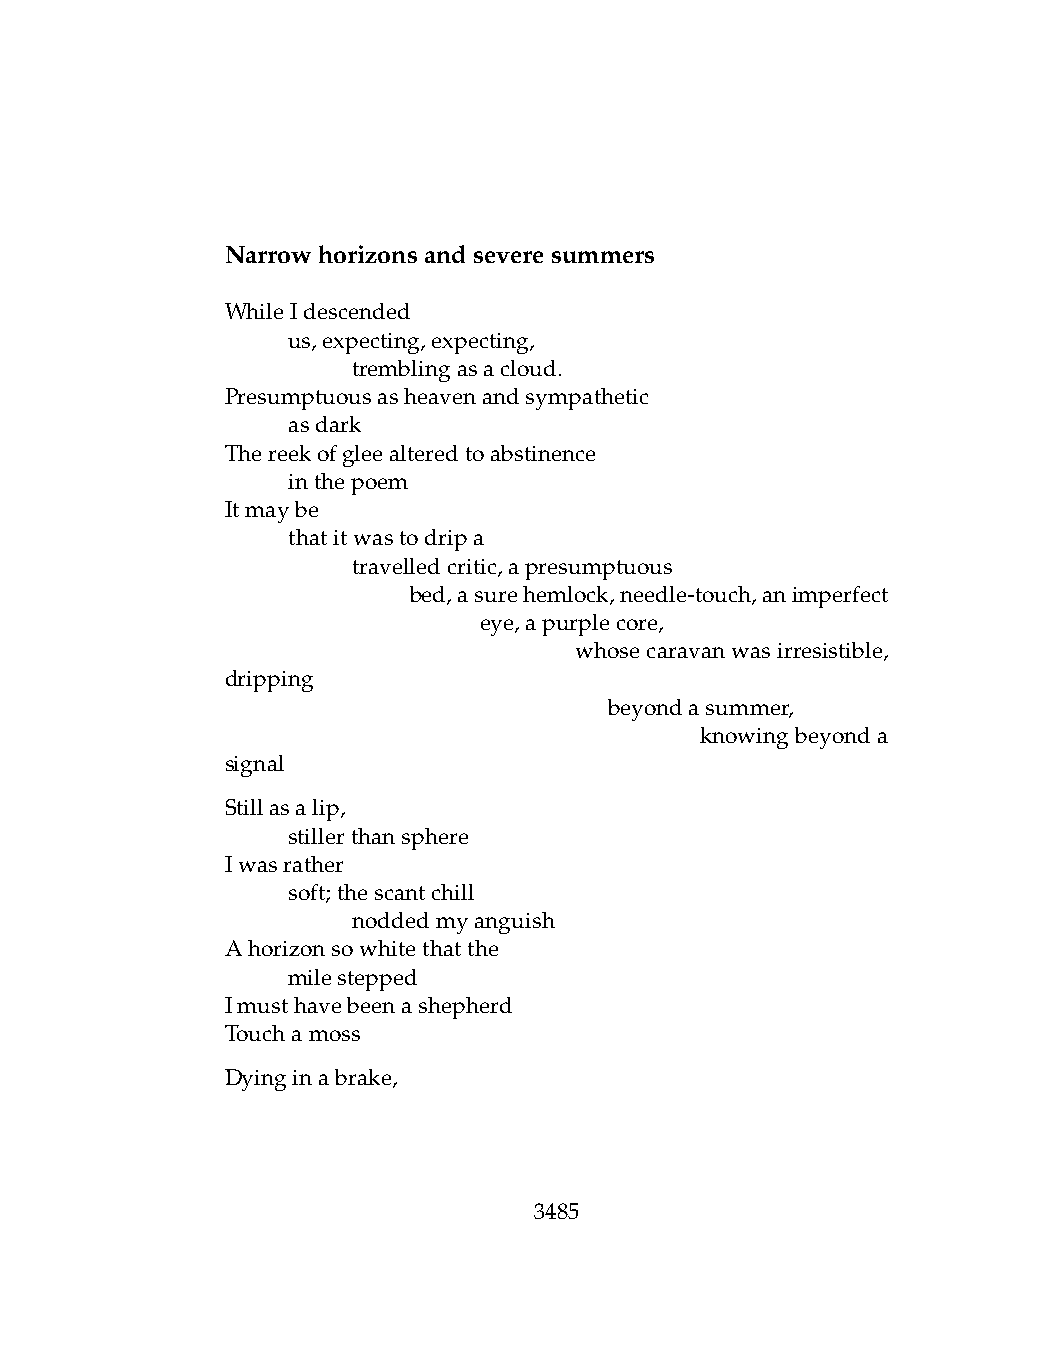
Narrowhorizonsandseveresummers
 WhileIdescended
 .   us,expecting,expecting,
 .   .   tremblingasacloud.
 Presumptuousasheavenandsympathetic
 .   asdark
 Thereekofgleealteredtoabstinence
 .   inthepoem
 Itmaybe
 .   thatitwastodripa
 .   .   travelledcritic,apresumptuous
 .   .   .   bed,asurehemlock,needle-touch,animperfect
 .   .   .    .   eye,apurplecore,
 .    .   .    .   .    whosecaravanwasirresistible,
 dripping
 .   .   .    .   .   .   beyondasummer,
 .   .    .   .    .   .    .   knowingbeyonda
 signal
 Stillasalip,
 .   stillerthansphere
 Iwasrather
 .   soft;thescantchill
 .   .   noddedmyanguish
 Ahorizonsowhitethatthe
 .   milestepped
 Imusthavebeenashepherd
 Touchamoss
 Dyinginabrake,
 3485